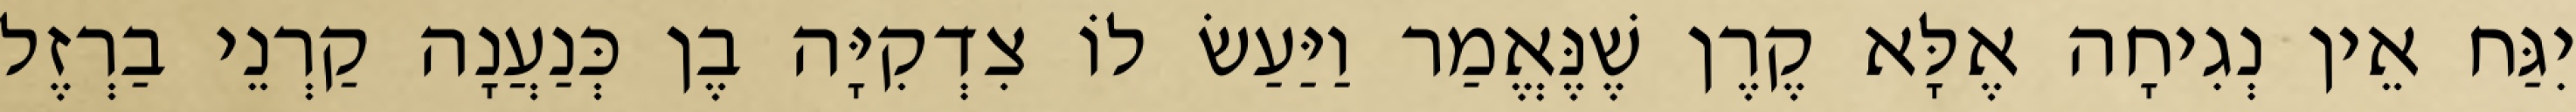
יִגַּח אֵין נְגִיחָה אֶלָּא קֶרֶן שֶׁנֶּאֱמַר וַיַּעַשׂ לוֹ צִדְקִיָּה בֶן כְּנַעֲנָה קַרְנֵי בַרְזֶל